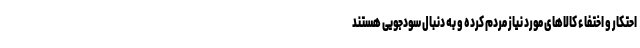
احتکار و اختفاء کالاهای مورد نیاز مردم کرده و به دنبال سودجویی هستند